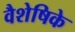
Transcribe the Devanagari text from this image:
वैशेषिके